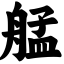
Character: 艋